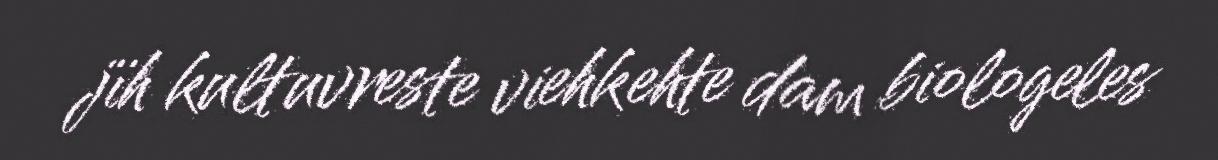
jïh kultuvreste viehkehte dam biologeles